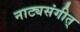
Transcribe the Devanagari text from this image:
नाट्यसंगीत्